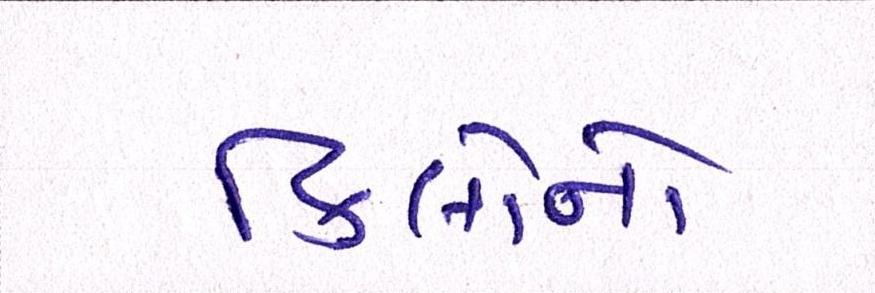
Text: કિલોનો